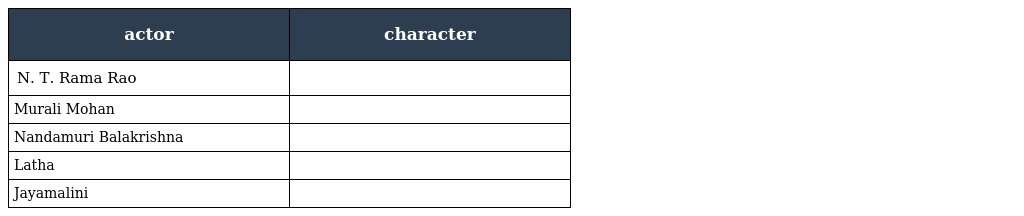
| actor | character |
 | --- | --- |
 | N. T. Rama Rao |  |
 | Murali Mohan |  |
 | Nandamuri Balakrishna |  |
 | Latha |  |
 | Jayamalini |  |